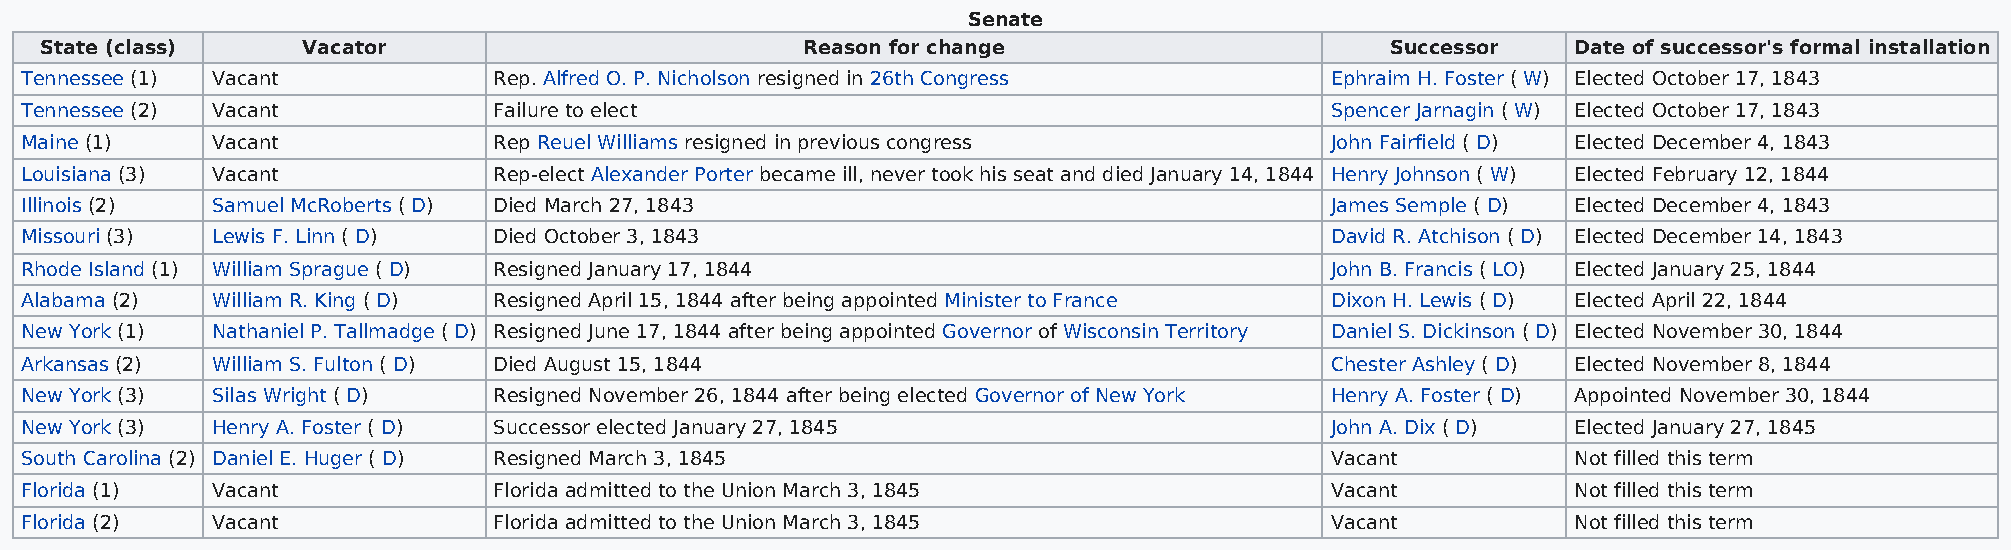
Senate
 State (class)    Vacator                          Reason for change                      Successor   Date of successor's formal installation
 Tennessee (1) Vacant            Rep. Alfred O. P. Nicholson resigned in 26th Congress  Ephraim H. Foster ( W) Elected October 17, 1843
 Tennessee (2) Vacant            Failure to elect                                       Spencer Jarnagin ( W) Elected October 17, 1843
 Maine (1)    Vacant             Rep Reuel Williams resigned in previous congress       John Fairfield ( D) Elected December 4, 1843
 Louisiana (3) Vacant            Rep-elect Alexander Porter became ill, never took his seat and died January 14, 1844 Henry Johnson ( W) Elected February 12, 1844
 Illinois (2) Samuel McRoberts ( D) Died March 27, 1843                                 James Semple ( D) Elected December 4, 1843
 Missouri (3) Lewis F. Linn ( D) Died October 3, 1843                                   David R. Atchison ( D) Elected December 14, 1843
 Rhode Island (1) William Sprague ( D) Resigned January 17, 1844                        John B. Francis ( LO) Elected January 25, 1844
 Alabama (2)  William R. King ( D) Resigned April 15, 1844 after being appointed Minister to France Dixon H. Lewis ( D) Elected April 22, 1844
 New York (1) Nathaniel P. Tallmadge ( D) Resigned June 17, 1844 after being appointed Governor of Wisconsin Territory Daniel S. Dickinson ( D) Elected November 30, 1844
 Arkansas (2) William S. Fulton ( D) Died August 15, 1844                               Chester Ashley ( D) Elected November 8, 1844
 New York (3) Silas Wright ( D)  Resigned November 26, 1844 after being elected Governor of New York Henry A. Foster ( D) Appointed November 30, 1844
 New York (3) Henry A. Foster ( D) Successor elected January 27, 1845                   John A. Dix ( D) Elected January 27, 1845
 South Carolina (2) Daniel E. Huger ( D) Resigned March 3, 1845                         Vacant          Not filled this term
 Florida (1)  Vacant             Florida admitted to the Union March 3, 1845            Vacant          Not filled this term
 Florida (2)  Vacant             Florida admitted to the Union March 3, 1845            Vacant          Not filled this term